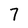
Character: 7